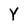
Character: Y